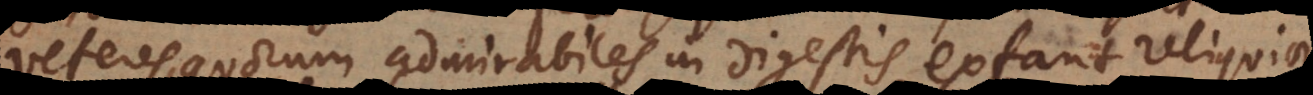
veteres, quorum admirabiles in Digestis extant reliquiae,